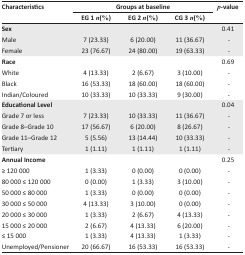
| Characteristics | <COLSPAN=3> Groups at baseline | p-value |
 |  | EG 1 n(%) | EG 2 n(%) | CG 3 n(%) |  |
 | --- | --- | --- | --- | --- |
 | Sex |  |  |  | 0.41 |
 | Male | 7 (23.33) | 6 (20.00) | 11 (36.67) | - |
 | Female | 23 (76.67) | 24 (80.00) | 19 (63.33) | - |
 | Race |  |  |  | 0.69 |
 | White | 4 (13.33) | 2 (6.67) | 3 (10.00) | - |
 | Black | 16 (53.33) | 18 (60.00) | 18 (60.00) | - |
 | Indian/Coloured | 10 (33.33) | 10 (33.33) | 9 (30.00) | - |
 | Educational Level |  |  |  | 0.04 |
 | Grade 7 or less | 7 (23.33) | 10 (33.33) | 11 (36.67) | - |
 | Grade 8–Grade 10 | 17 (56.67) | 6 (20.00) | 8 (26.67) | - |
 | Grade 11–Grade 12 | 5 (5.56) | 13 (14.44) | 10 (33.33) | - |
 | Tertiary | 1 (1.11) | 1 (1.11) | 1 (1.11) | - |
 | Annual Income |  |  |  | 0.25 |
 | ≥ 120 000 | 1 (3.33) | 0 (0.00) | 0 (0.00) | - |
 | 80 000 ≤ 120 000 | 0 (0.00) | 1 (3.33) | 3 (10.00) | - |
 | 50 000 ≤ 80 000 | 1 (3.33) | 0 (0.00) | 0 (0.00) | - |
 | 30 000 ≤ 50 000 | 4 (13.33) | 3 (10.00) | 0 (0.00) | - |
 | 20 000 ≤ 30 000 | 1 (3.33) | 2 (6.67) | 4 (13.33) | - |
 | 15 000 ≤ 20 000 | 2 (6.67) | 4 (13.33) | 6 (20.00) | - |
 | ≤ 15 000 | 1 (3.33) | 4 (13.33) | 1 (3.33) | - |
 | Unemployed/Pensioner | 20 (66.67) | 16 (53.33) | 16 (53.33) | - |